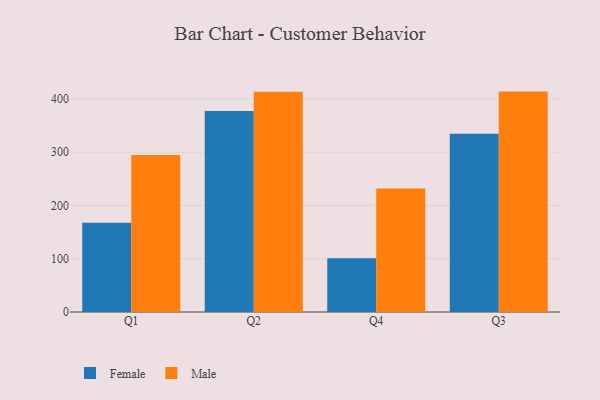
{"axis": {"x": "Quarter", "y": "Temperature (°C)"}, "legend": ["Female", "Male"], "data": [{"x": "Q1", "y": 167.4, "type": "Female"}, {"x": "Q1", "y": 294.6, "type": "Male"}, {"x": "Q2", "y": 377.3, "type": "Female"}, {"x": "Q2", "y": 413.2, "type": "Male"}, {"x": "Q4", "y": 101.1, "type": "Female"}, {"x": "Q4", "y": 231.7, "type": "Male"}, {"x": "Q3", "y": 334.4, "type": "Female"}, {"x": "Q3", "y": 413.6, "type": "Male"}]}